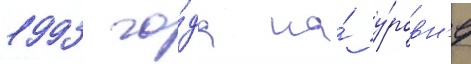
1993 го́да на́ у́ровн'е